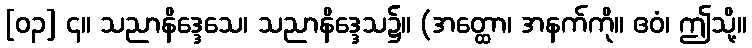
[၀၃] ၄။ သညာနိဒ္ဒေသေ၊ သညာနိဒ္ဒေသ၌။ (အတ္ထော၊ အနက်ကို။ ဧဝံ၊ ဤသို့။